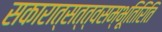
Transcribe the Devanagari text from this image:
सकारात्सत्त्वसम्भूतिरिति